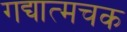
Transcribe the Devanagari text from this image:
गद्यात्मचक